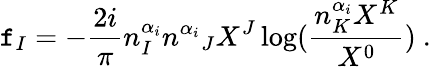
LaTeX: \mathtt{f}_{I}=-\frac{{2i}}{{\pi}}n_{I}^{\alpha_{i}}{n^{\alpha_{i}}}_{J}X^{J}\log(\frac{{n_{K}^{\alpha_{i}}X^{K}}}{{X^{0}}})\ .